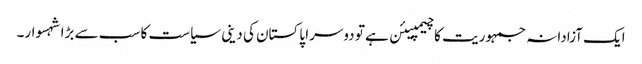
ایک آزادانہ جمہوریت کا چیمپیئن ہے تو دوسرا پاکستان کی دینی سیاست کا سب سے بڑا شہسوار۔